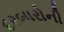
દરબારોની